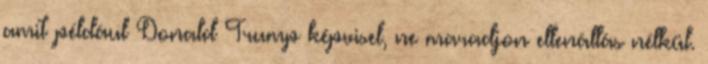
amit például Donald Trump képvisel, ne maradjon ellenállás nélkül.